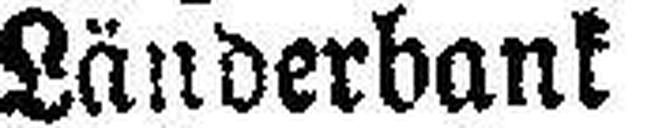
Länderbank